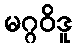
မဂ္ဂဝိဒူ